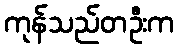
ကုန်သည်တဦးက